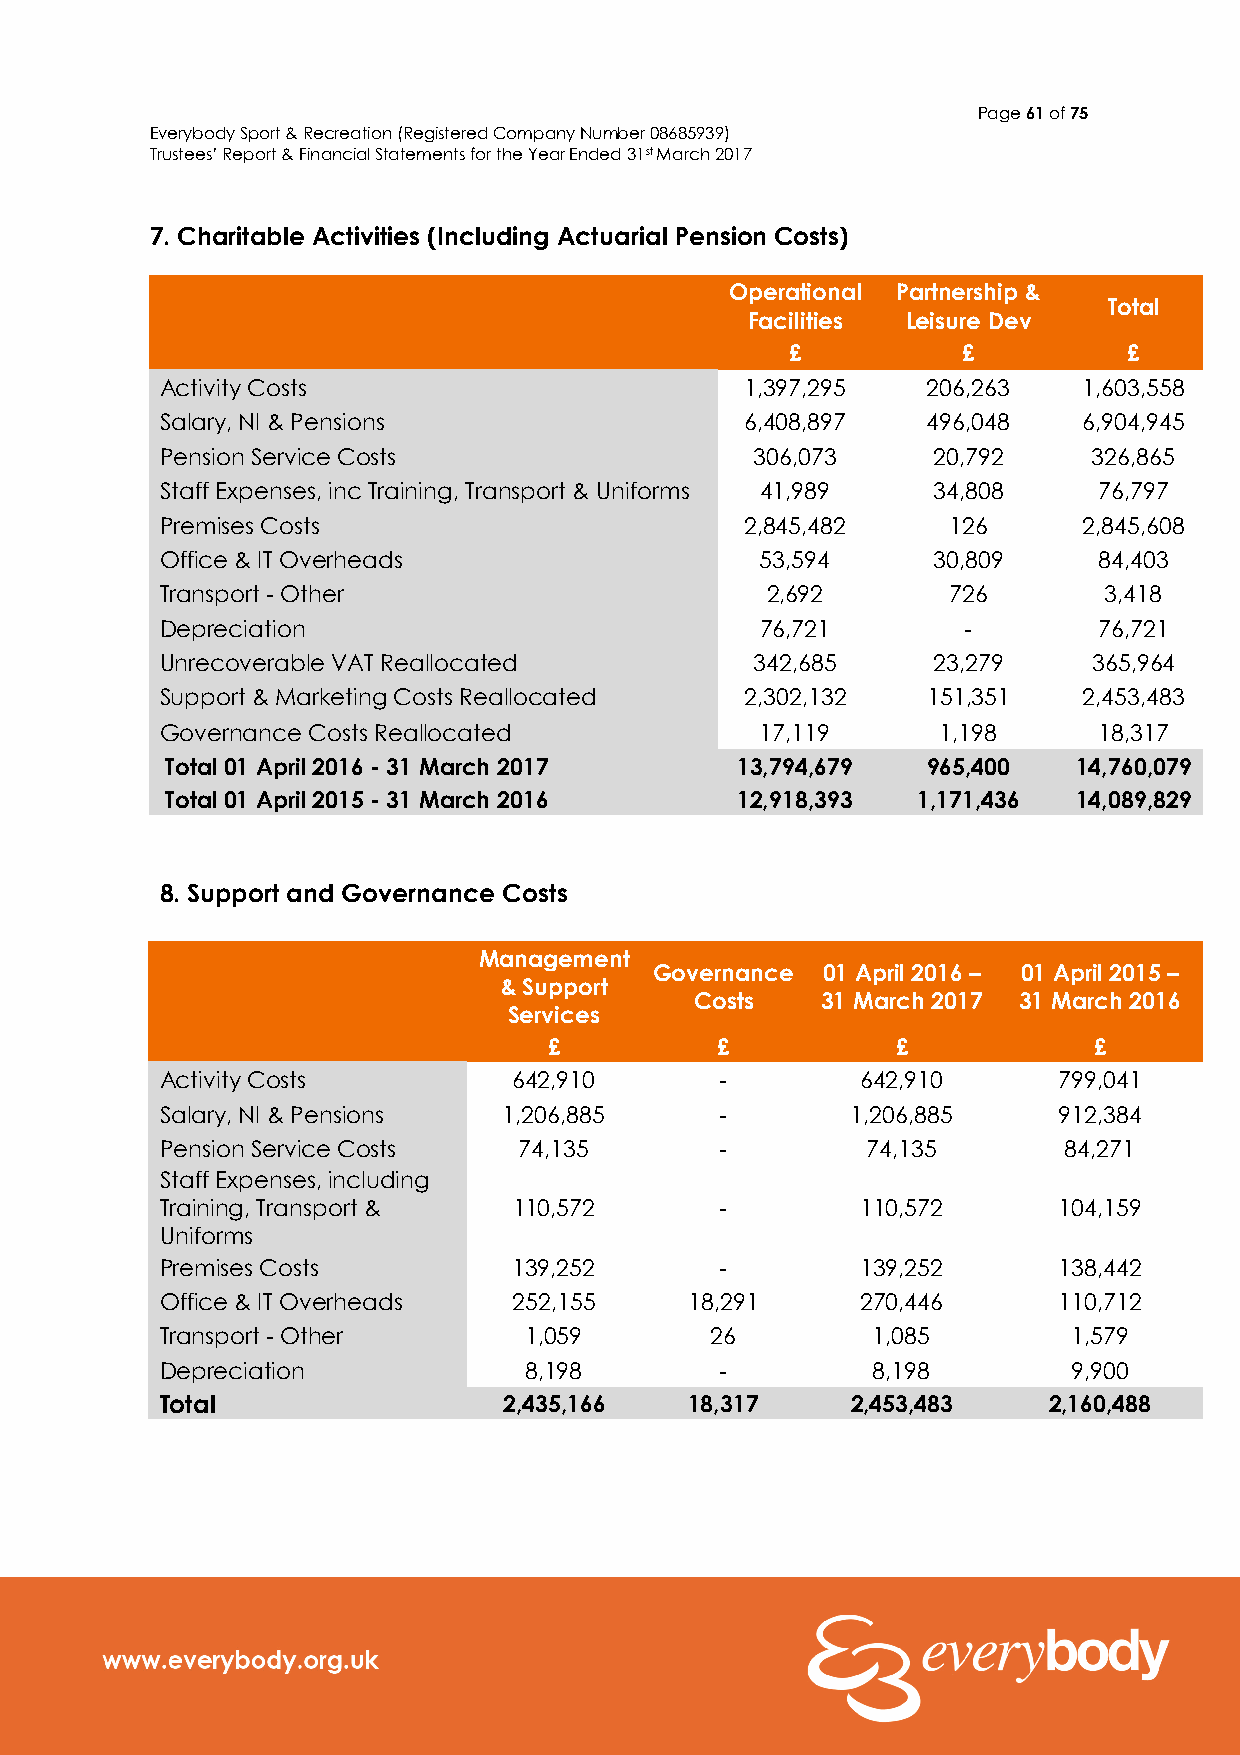
Page 61 of 75
 Everybody Sport & Recreation (Registered Company Number 08685939)
 Trustees’ Report & Financial Statements for the Year Ended 31st March 2017
 7. Charitable Activities (Including Actuarial Pension Costs)
 Operational Partnership &
 Total
 Facilities Leisure Dev
 £           £          £
 Activity Costs                        1,397,295   206,263    1,603,558
 Salary, NI & Pensions                 6,408,897   496,048    6,904,945
 Pension Service Costs                  306,073     20,792    326,865
 Staff Expenses, inc Training, Transport & Uniforms 41,989 34,808 76,797
 Premises Costs                        2,845,482     126      2,845,608
 Office & IT Overheads                  53,594      30,809     84,403
 Transport - Other                       2,692       726       3,418
 Depreciation                           76,721        -        76,721
 Unrecoverable VAT Reallocated          342,685     23,279    365,964
 Support & Marketing Costs Reallocated 2,302,132   151,351    2,453,483
 Governance Costs Reallocated           17,119      1,198      18,317
 Total 01 April 2016 - 31 March 2017   13,794,679  965,400   14,760,079
 Total 01 April 2015 - 31 March 2016   12,918,393  1,171,436 14,089,829
 8. Support and Governance Costs
 Management
 Governance 01 April 2016 – 01 April 2015 –
 & Support
 Costs   31 March 2017 31 March 2016
 Services
 £          £           £            £
 Activity Costs         642,910       -        642,910      799,041
 Salary, NI & Pensions 1,206,885      -       1,206,885     912,384
 Pension Service Costs  74,135        -        74,135       84,271
 Staff Expenses, including
 Training, Transport &  110,572       -        110,572      104,159
 Uniforms
 Premises Costs         139,252       -        139,252      138,442
 Office & IT Overheads  252,155     18,291     270,446      110,712
 Transport - Other       1,059       26         1,085        1,579
 Depreciation            8,198        -         8,198        9,900
 Total                 2,435,166    18,317    2,453,483    2,160,488